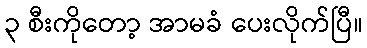
၃ စီးကိုတော့ အာမခံ ပေးလိုက်ပြီ။